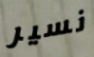
نسير